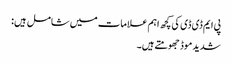
پی ایم ڈی ڈی کی کچھ اہم علامات میں شامل ہیں:
شدید موڈ جھومتے ہیں۔